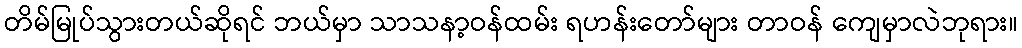
တိမ်မြုပ်သွားတယ်ဆိုရင် ဘယ်မှာ သာသနာ့ဝန်ထမ်း ရဟန်းတော်များ တာဝန် ကျေမှာလဲဘုရား။